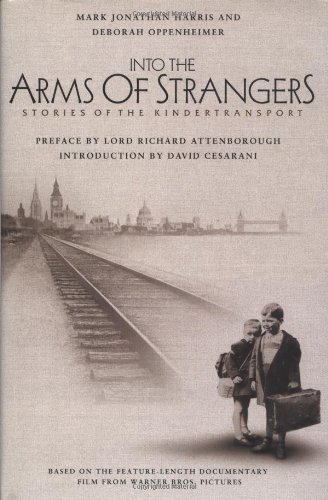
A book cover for Into the Arms of Strangers: Stories of the Kindertransport; Biographies & Memoirs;